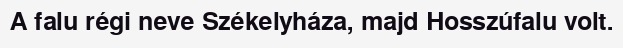
A falu régi neve Székelyháza, majd Hosszúfalu volt.